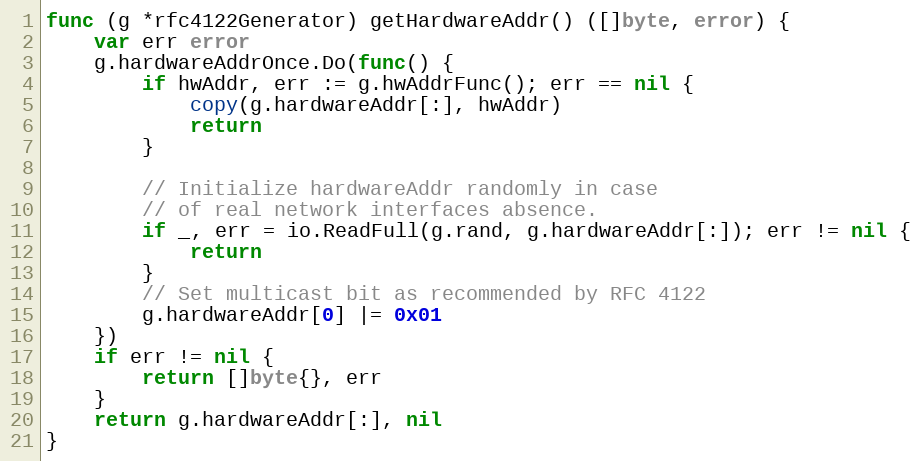
Language: Go
func (g *rfc4122Generator) getHardwareAddr() ([]byte, error) {
	var err error
	g.hardwareAddrOnce.Do(func() {
		if hwAddr, err := g.hwAddrFunc(); err == nil {
			copy(g.hardwareAddr[:], hwAddr)
			return
		}

		// Initialize hardwareAddr randomly in case
		// of real network interfaces absence.
		if _, err = io.ReadFull(g.rand, g.hardwareAddr[:]); err != nil {
			return
		}
		// Set multicast bit as recommended by RFC 4122
		g.hardwareAddr[0] |= 0x01
	})
	if err != nil {
		return []byte{}, err
	}
	return g.hardwareAddr[:], nil
}